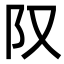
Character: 𨸕